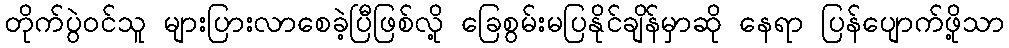
တိုက်ပွဲဝင်သူ များပြားလာစေခဲ့ပြီဖြစ်လို့ ခြေစွမ်းမပြနိုင်ချိန်မှာဆို နေရာ ပြန်ပျောက်ဖို့သာ